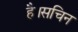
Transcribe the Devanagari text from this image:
है।सचिन